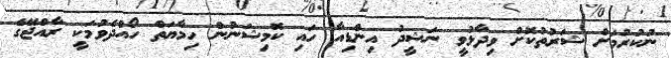
ނުކުރުމަށް ޝަރުތުކޮށް ވިދާޅުވީ ނަޝީދު އިންޑިއާ ހައި ކޮމިޝަނުން ހިމާޔަތް ހޯއްދެވުމަކީ ރާއްޖޭގެ